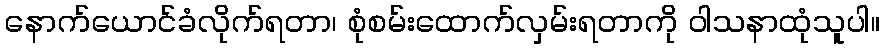
နောက်ယောင်ခံလိုက်ရတာ၊ စုံစမ်းထောက်လှမ်းရတာကို ဝါသနာထုံသူပါ။